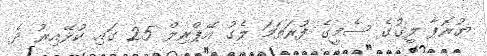
ޔުރޮޕާ ލީގުގެ ސެމީގެ ފުރަތަމަ ލެގު އޭޕްރިލް 25 ގައި ކުޅޭއިރު ދެ